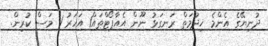
ދުނިޔޭގެ އެންމެ ޚިދުމަތް ރަނގަޅު ނޫން އެއާޕޯޓްތައް1 އަހަރު 1 މަސް ކުރިން.